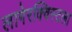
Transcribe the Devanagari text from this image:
लागेरक्विस्टला